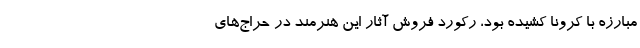
مبارزه با کرونا کشیده بود، رکورد فروش آثار این هنرمند در حراج‌های